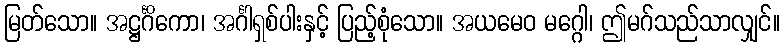
မြတ်သော။ အဋ္ဌင်္ဂိကော၊ အင်္ဂါရှစ်ပါးနှင့် ပြည့်စုံသော။ အယမေဝ မဂ္ဂေါ၊ ဤမဂ်သည်သာလျှင်။